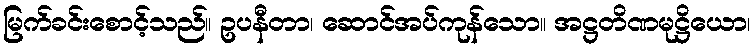
မြက်ခင်းစောင့်သည်။ ဥပနီတာ၊ ဆောင်အပ်ကုန်သော။ အဋ္ဌတိဏမုဋ္ဌိယော၊